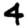
Digit: 4